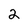
Character: 2